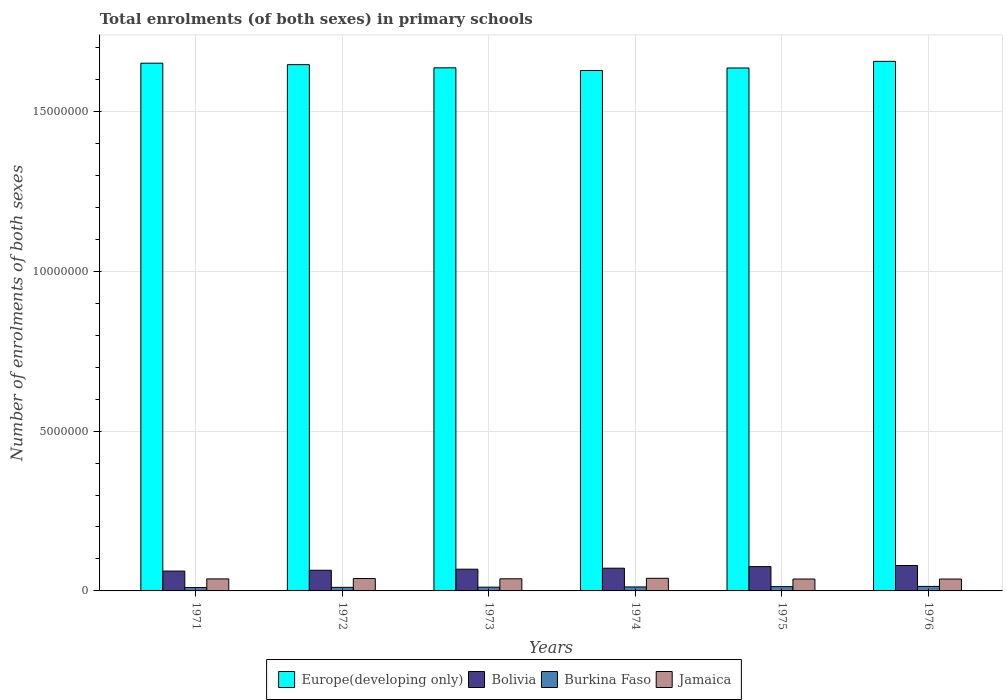
| Years | Europe(developing only) | Bolivia | Burkina Faso | Jamaica |
 | --- | --- | --- | --- | --- |
 | 1971 | 1.65e+07 | 6.21e+05 | 1.05e+05 | 3.76e+05 |
 | 1972 | 1.65e+07 | 6.46e+05 | 1.12e+05 | 3.88e+05 |
 | 1973 | 1.64e+07 | 6.8e+05 | 1.18e+05 | 3.79e+05 |
 | 1974 | 1.63e+07 | 7.11e+05 | 1.25e+05 | 3.95e+05 |
 | 1975 | 1.64e+07 | 7.61e+05 | 1.34e+05 | 3.72e+05 |
 | 1976 | 1.66e+07 | 7.96e+05 | 1.41e+05 | 3.72e+05 |